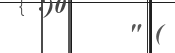
" (